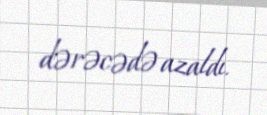
dərəcədə azaldı.